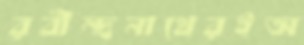
রবীন্দ্রনাথেরইঅ